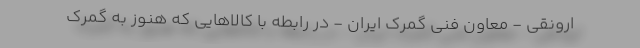
ارونقی - معاون فنی گمرک ایران - در رابطه با کالاهایی که هنوز به گمرک